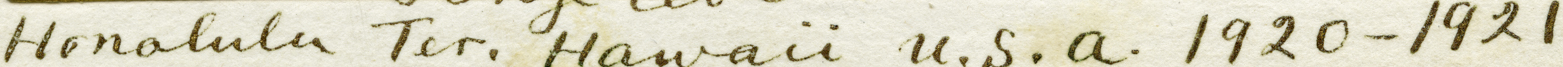
honalula ter.Hanaii u.s.a 1920-1921